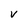
Character: V